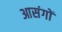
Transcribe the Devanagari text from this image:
आसंगों